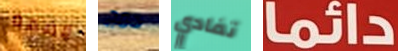
قضمة دمج تفادي دائما